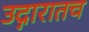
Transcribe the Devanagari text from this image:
उद्गारातच